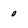
Character: 0